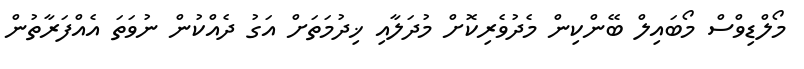
މޯލްޑިވްސް މޯބައިލް ބޭންކިން މެދުވެރިކޮށް މުދަލާއި ޚިދުމަތަށް އަގު ދެއްކުން ނުވަތަ އެއްފަރާތުން